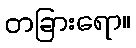
တခြားရော။